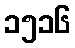
၁၅၁၆